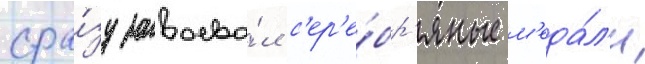
сра́зу завоева́л с'ер'е́бр'яные м'еда́л'и